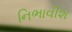
નિભાવીશ